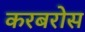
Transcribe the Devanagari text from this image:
करबरोस